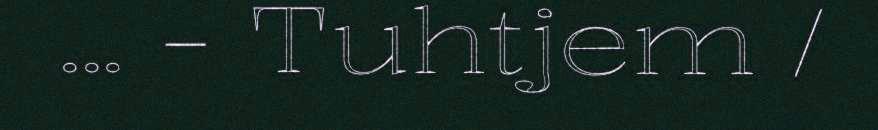
... - Tuhtjem /